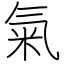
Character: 氣